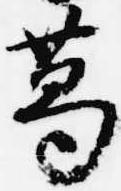
葛